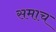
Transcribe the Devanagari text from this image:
समाच